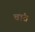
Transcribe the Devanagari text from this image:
वांत